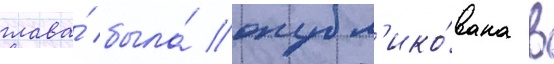
глава́ была́ опубл'ико́вана в